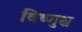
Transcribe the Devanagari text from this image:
विष्णुश्च